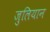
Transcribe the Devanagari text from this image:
जुलियान